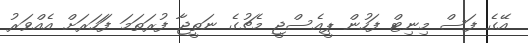
އޭގެ ފަސް މިނިޓް ފަހުން ޕީއެސްޖީ މެޗުގެ ނަތީޖާ ފުރަތަމަ ފަަހަރަށް އެއްވަރު